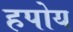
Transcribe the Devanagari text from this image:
हपोय